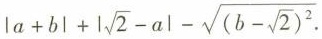
$$\left | a + b \right | + \left | \sqrt { 2 } - a \right | - \sqrt { ( b - \sqrt { 2 } ) ^ { 2 } }$$.